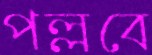
পল্লবে